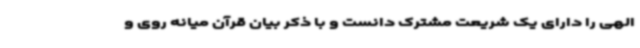
الهی را دارای یک شریعت مشترک دانست و با ذکر بیان قرآن میانه روی و